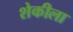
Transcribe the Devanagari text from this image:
शेकीला